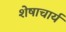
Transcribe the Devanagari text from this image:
शेषाचार्य